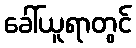
ခေါ်ယူရာတွင်